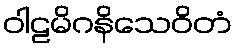
ဝါဠမိဂနိသေဝိတံ